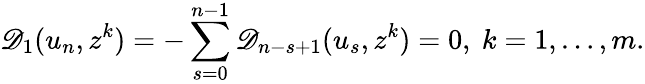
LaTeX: \mathscr{D}_{1}(u_{n},z^{k})=-\sum_{s=0}^{n-1}\mathscr{D}_{n-s+1}(u_{s},z^{k})=0,\ k=1,\dots,m.